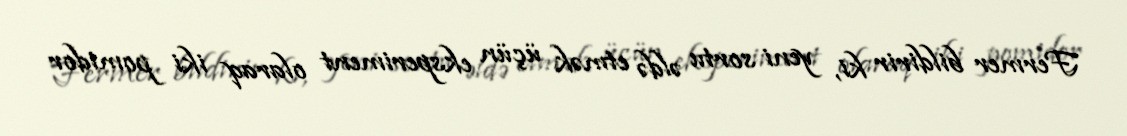
Fermer bildirir ki, yeni sortu əldə etmək üçün eksperiment olaraq iki pomidor